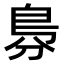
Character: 𠝷